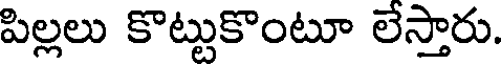
పిల్లలు కొట్టుకొంటూ లేస్తారు.